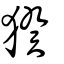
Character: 猤